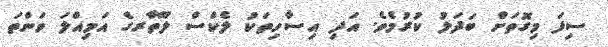
ސިފަ މިގޮތަށް ބަދަލު ކުރުމެވެ. އަދި އިސާހިތަކު ލެކްސް ލޫތާރގެ އަމިއްލަ ވަންތަ